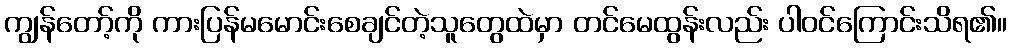
ကျွန်တော့်ကို ကားပြန်မမောင်းစေချင်တဲ့သူတွေထဲမှာ တင်မေထွန်းလည်း ပါဝင်ကြောင်းသိရ၏။